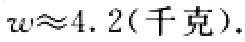
$w\approx4.2(千克).$